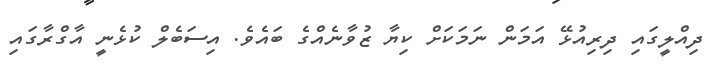
ދިއްލީގައި ދިރިއުޅޭ އަމަން ނަމަކަށް ކިޔާ ޒުވާނެއްގެ ބައެވެ. އިސަބެލް ކުޅެނީ އާގްރާގައި